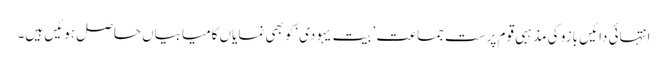
انتہائی دائیں بازو کی مذہبی قوم پرست جماعت ’بیت یہودی‘کو بھی نمایاں کامیابیاں حاصل ہوئیں ہیں۔